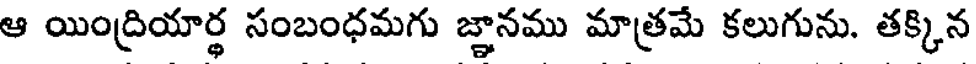
ఆ యింద్రియార్థ సంబంధమగు జ్ఞానము మాత్రమే కలుగును. తక్కిన